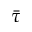
\bar { \tau }